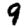
Digit: 9